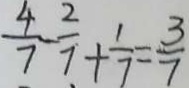
\frac { 4 } { 7 } - \frac { 2 } { 7 } + \frac { 1 } { 7 } = \frac { 3 } { 7 }